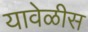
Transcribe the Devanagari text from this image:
यावेळीस